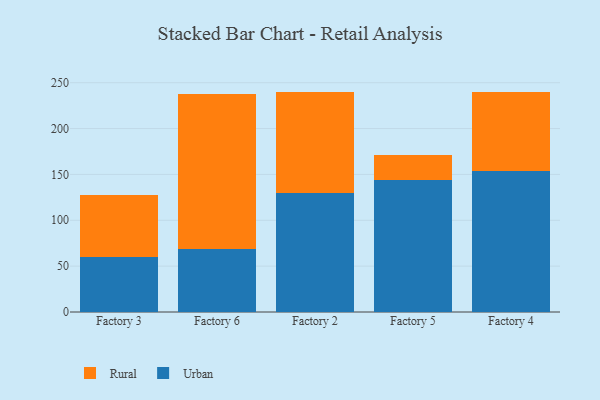
{"axis": {"x": "Factory", "y": "Budget (USD K)"}, "legend": ["Rural", "Urban"], "data": [{"x": "Factory 3", "y": 60.5, "type": "Urban"}, {"x": "Factory 3", "y": 66.8, "type": "Rural"}, {"x": "Factory 6", "y": 68.5, "type": "Urban"}, {"x": "Factory 6", "y": 169.1, "type": "Rural"}, {"x": "Factory 2", "y": 129.9, "type": "Urban"}, {"x": "Factory 2", "y": 110.1, "type": "Rural"}, {"x": "Factory 5", "y": 144.3, "type": "Urban"}, {"x": "Factory 5", "y": 26.9, "type": "Rural"}, {"x": "Factory 4", "y": 154.2, "type": "Urban"}, {"x": "Factory 4", "y": 86.1, "type": "Rural"}]}